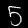
Label: 5